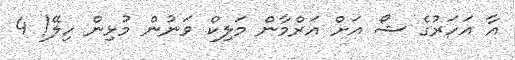
އާ އަހަރުގެ ޝޯ އަށް އަރްމާން މަލިކް ވަނުން މުޅިން ހިލޭ! 4